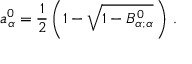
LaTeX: a _ { \alpha } ^ { 0 } = \frac { 1 } { 2 } \left( 1 - \sqrt { 1 - B _ { \alpha ; \alpha } ^ { 0 } } \, \right) \, .